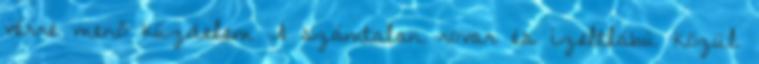
vérre menő küzdelem A számtalan rovar és ízeltlábú közül